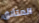
المتأنق